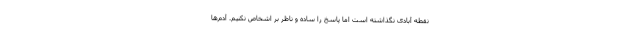
نقطه آبادی نگذاشته است اما پاسخ را ساده و ناظر بر اشخاص نکنیم. آدم‌ها